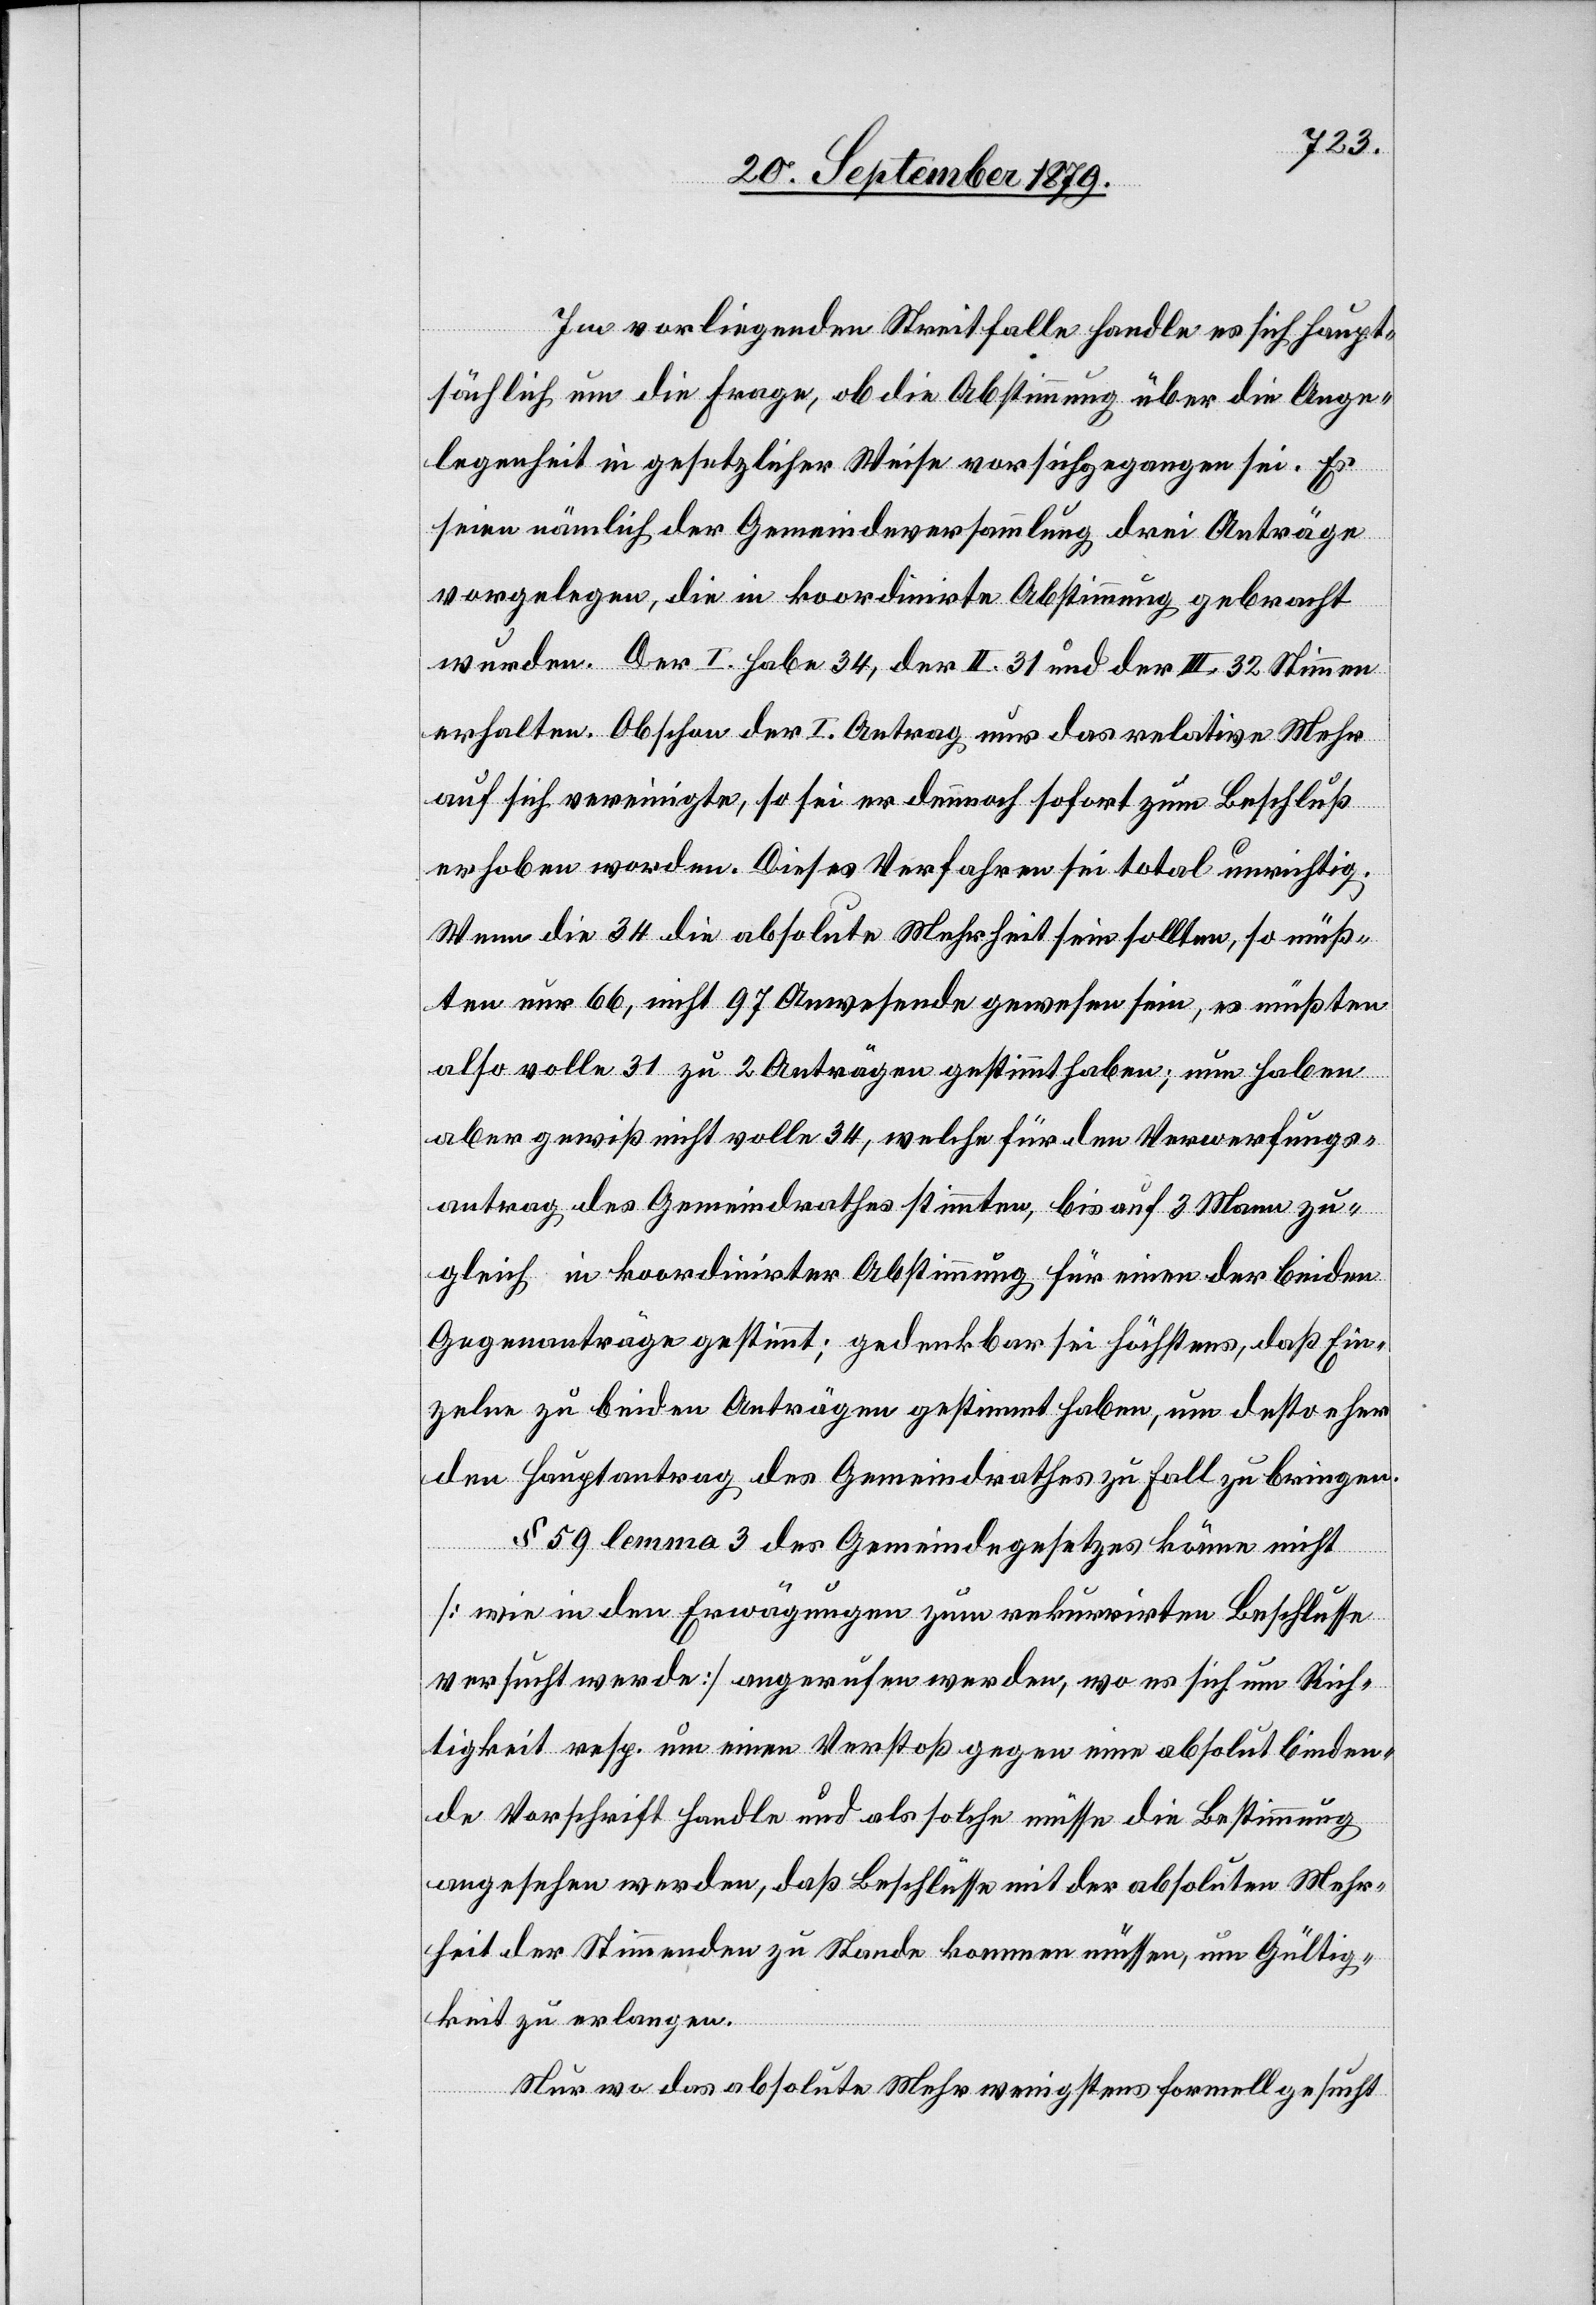
Im vorliegenden Streitfalle handle es sich haupt¬
sächlich um die Frage, ob die Abstimmung über die Ange¬
legenheit in gesetzlicher Weise von sich gegangen sei. Es
seien nämlich der Gemeindeversammlung drei Anträge
vorgelegen, die in koordinirte Abstimmung gebracht
wurden. Der I. habe 34, der II. 31 und der III. 32 Stimmen
erhalten. Obschon der I. Antrag nur das relative Mehr
auf sich vereinigte, so sei er demnach sofort zum Beschluß
erhoben worden. Dieses Verfahren sei total unrichtig.
Wenn die 34 die absolute Mehrheit sein sollten, so müß¬
ten nur 66, nicht 97 Anwesende gewesen sein, es müßten
also volle 31 zu 2 Anträgen gestimmt haben; nun haben
aber gewiß nicht volle 34, welche für den Verwerfungs¬
antrag des Gemeindrathes stimmten, bis auf 3 Mann zu¬
gleich in koordinirter Abstimmung für eine der beiden
Gegenanträge gestimmt; gedenkbar sei höchstens, daß Ein¬
zelne zu beiden Anträgen gestimmt haben, um desto eher
den Hauptantrag des Gemeindrathes zu Fall zu bringen.
§ 59 lemma 3 des Gemeindegesetzes könne nicht
[wie in den Erwägungen zum rekurrirten Beschlusse
versucht werde] angerufen werden, wo es sich um Rich¬
tigkeit resp. um einen Verstoß gegen eine absolut binden¬
de Vorschrift handle und als solche müsse die Bestimmung
angesehen werden, daß Beschlüsse mit der absoluten Mehr¬
heit der Stimmenden zu Stande kommen müssen, um Gültig¬
keit zu erlangen.
Nur wo das absolute Mehr wenigstens formell gesucht